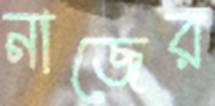
নাজের